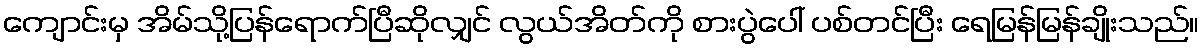
ကျောင်းမှ အိမ်သို့ပြန်ရောက်ပြီဆိုလျှင် လွယ်အိတ်ကို စားပွဲပေါ် ပစ်တင်ပြီး ရေမြန်မြန်ချိုးသည်။